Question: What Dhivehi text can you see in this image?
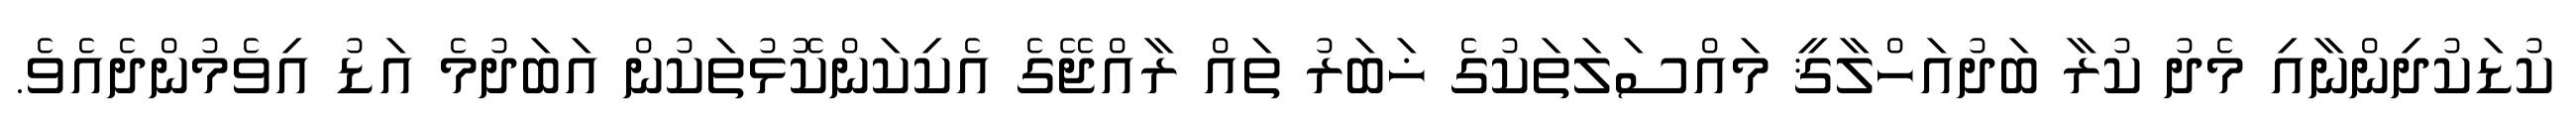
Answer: ކުޑަކުދިންނާއި މެދު ކުރާ ބަދުއަހްލާޤީ މައްސަލަތަކުގެ ޚަބަރު ތައް ރާއްޖޭގެ އެކިކަންކޮޅުތަކުން އަބަދުމެ އަޑު އިވެމުންދެއެވެ.